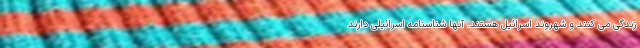
زندگی می کنند و شهروند اسرائیل هستند. آنها شناسنامه اسرائیلی دارند